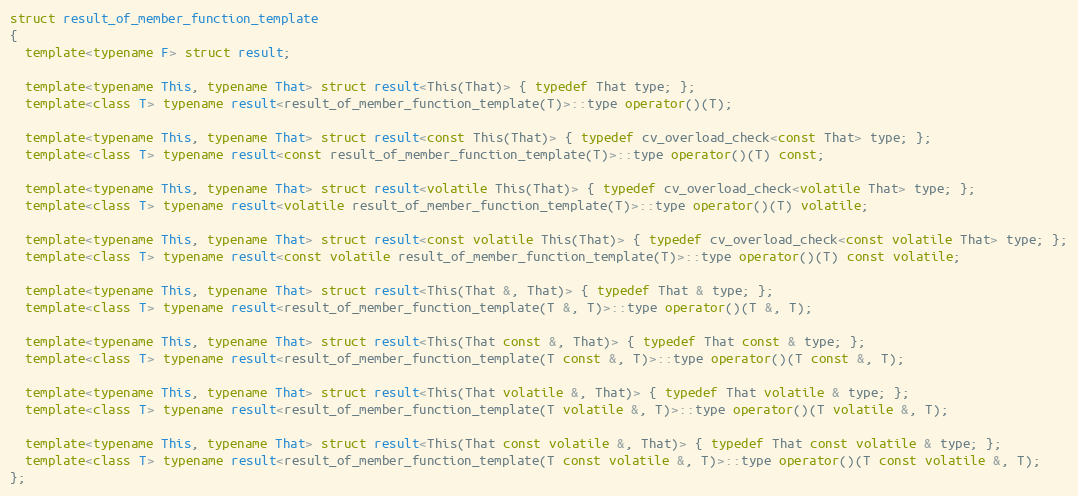
Language: C++
struct result_of_member_function_template
{
  template<typename F> struct result;

  template<typename This, typename That> struct result<This(That)> { typedef That type; };
  template<class T> typename result<result_of_member_function_template(T)>::type operator()(T);

  template<typename This, typename That> struct result<const This(That)> { typedef cv_overload_check<const That> type; };
  template<class T> typename result<const result_of_member_function_template(T)>::type operator()(T) const;

  template<typename This, typename That> struct result<volatile This(That)> { typedef cv_overload_check<volatile That> type; };
  template<class T> typename result<volatile result_of_member_function_template(T)>::type operator()(T) volatile;

  template<typename This, typename That> struct result<const volatile This(That)> { typedef cv_overload_check<const volatile That> type; };
  template<class T> typename result<const volatile result_of_member_function_template(T)>::type operator()(T) const volatile;

  template<typename This, typename That> struct result<This(That &, That)> { typedef That & type; };
  template<class T> typename result<result_of_member_function_template(T &, T)>::type operator()(T &, T);

  template<typename This, typename That> struct result<This(That const &, That)> { typedef That const & type; };
  template<class T> typename result<result_of_member_function_template(T const &, T)>::type operator()(T const &, T);

  template<typename This, typename That> struct result<This(That volatile &, That)> { typedef That volatile & type; };
  template<class T> typename result<result_of_member_function_template(T volatile &, T)>::type operator()(T volatile &, T);

  template<typename This, typename That> struct result<This(That const volatile &, That)> { typedef That const volatile & type; };
  template<class T> typename result<result_of_member_function_template(T const volatile &, T)>::type operator()(T const volatile &, T);
};